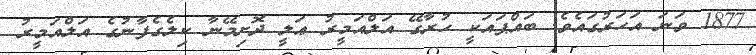
1877 ވަނަ އަހަރުގައެވެ. ބައްޕައަކީ ހުރާގޭ އަލްއަމީރު ޢަލީ ދޮށިމޭނާ ކިލެގެފާނުގެ އަލްއަމީރު